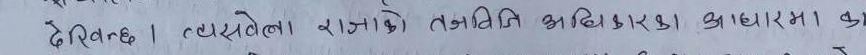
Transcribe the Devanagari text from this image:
देखिन्छ। त्यसले राजको राजनीति अधिकारका आधारमा वा